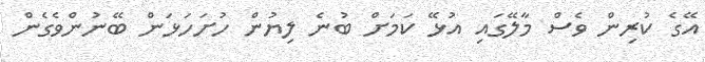
އޭގެ ކުރިން ވެސް މާލޭގައި އުޅޭ ކަމަށް ބުނެ ލިޔުން ހުށަހަޅަން ބޭނުންވެގެން